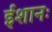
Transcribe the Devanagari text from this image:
ईशानः